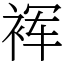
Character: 裈